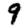
Digit: 9